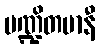
ပဏ္ဍိတမာနီ